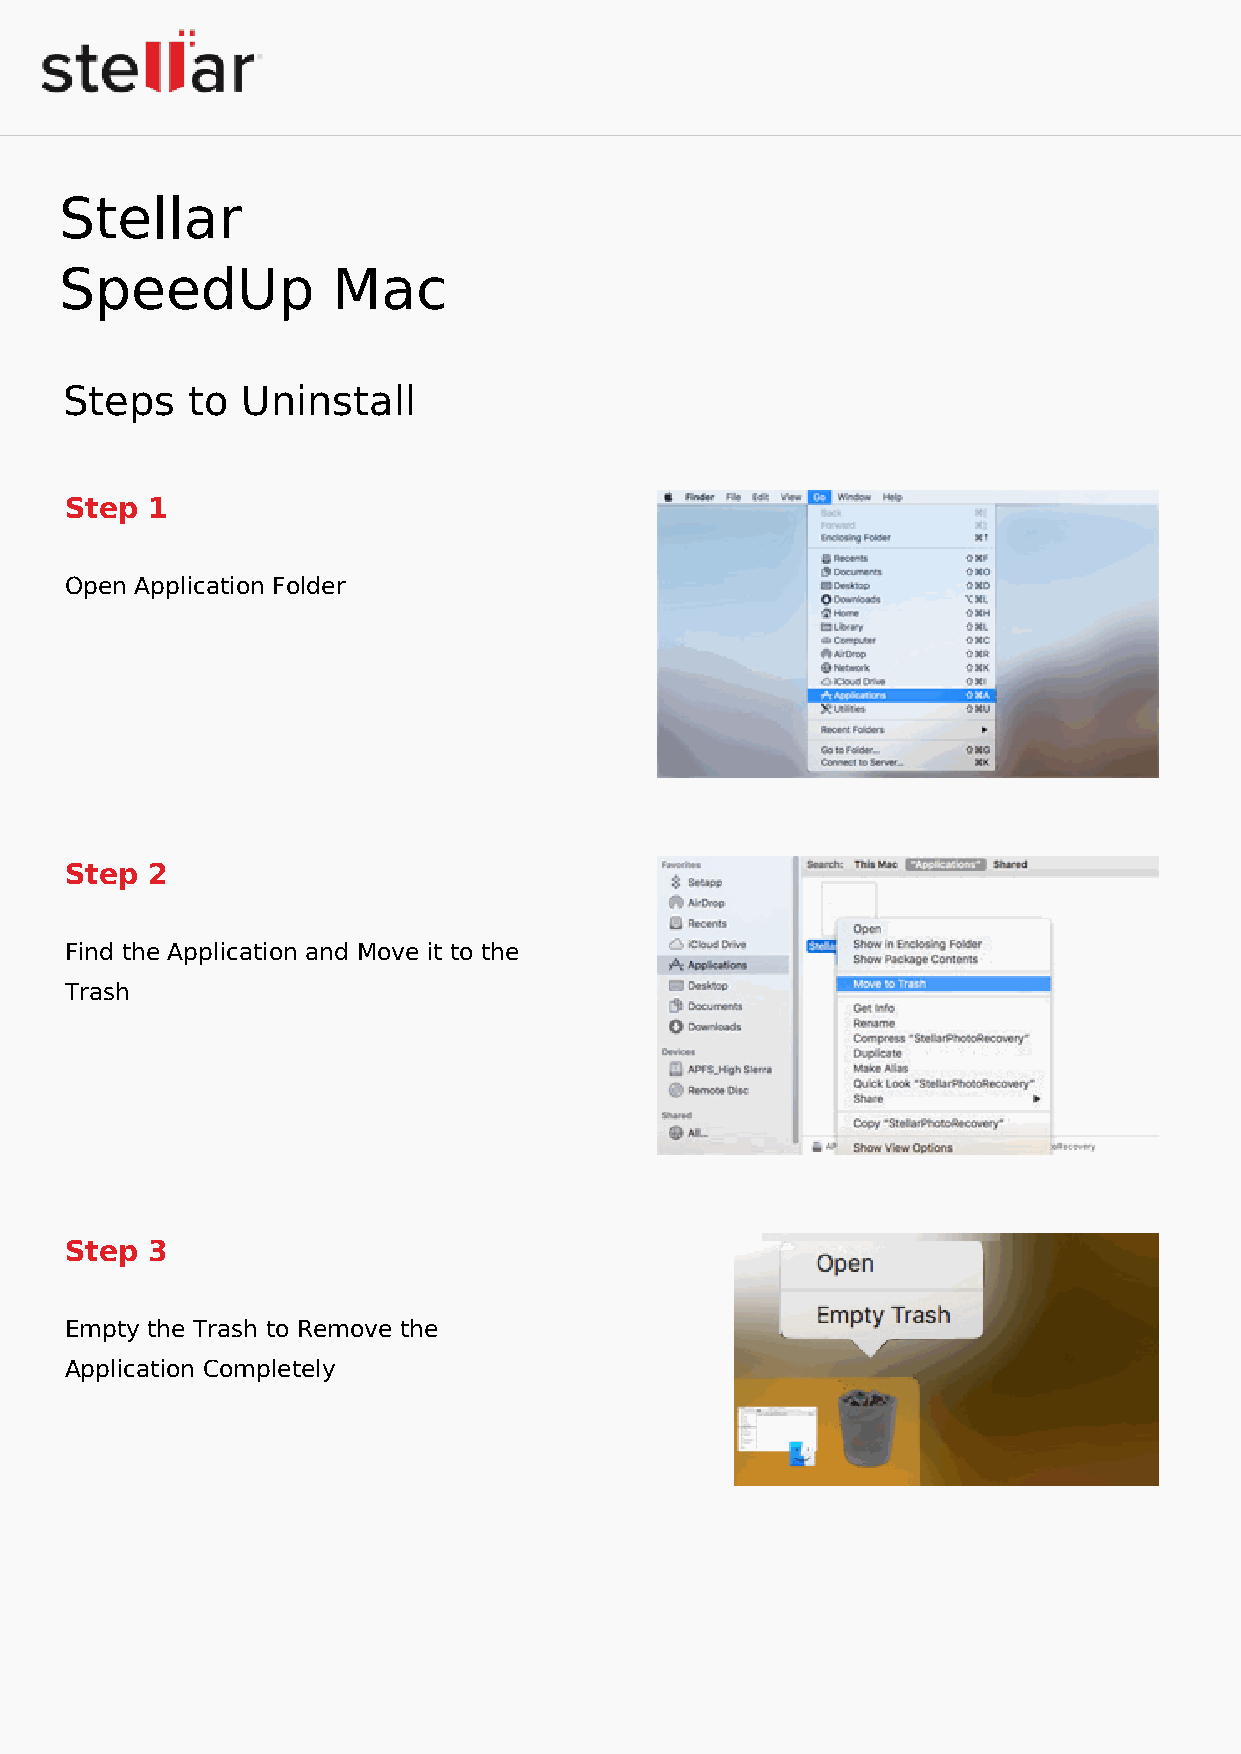
Stellar
 SpeedUp           Mac
 Steps   to  Uninstall
 Step  1
 Open Application Folder
 Step  2
 Find the Application and Move it to the
 Trash
 Step  3
 Empty the Trash to Remove the
 Application Completely
 Powered by TCPDF (www.tcpdf.org)